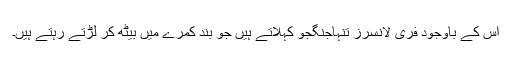
اس کے باوجود فری لانسرز تنہاجنگجو کہلاتے ہیں جو بند کمرے میں بیٹھ کر لڑتے رہتے ہیں۔